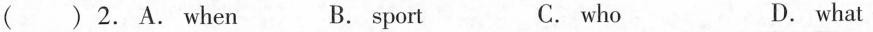
( ) 2. A. when B. sport C. who D. what